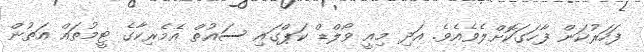
ފަހަރުކަން ފާހަގަކޮށްލެވެއެވެ. އަދި މިއީ ވޯލްޑް ކަޕްގައި ސައުތް އެމެރިކާގެ ޓީމުތައް އަތުން